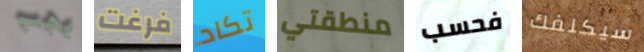
يجب فرغت تكاد منطقتي فحسب سيكلفك